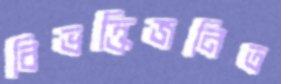
বিভক্তিজনিত